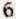
6